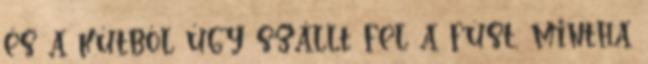
és a kútból úgy szállt fel a füst, mintha